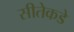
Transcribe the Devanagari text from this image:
सीतेकडे